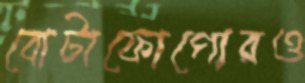
বোটাফোগোরও